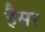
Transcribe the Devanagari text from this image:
हैैसर